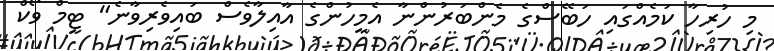
މި ހުރިހާ ކަމެއްގައި ހަބޭސްގެ މެންބަރުންނާ އެމީހުންގެ އާއިލާވެސް ބައިވެރިވާނެ" ޓީމް ވޯކް